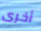
أخرى